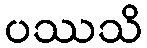
ပဿသိ